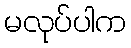
မလုပ်ပါက